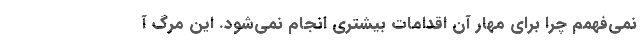
نمی‌فهمم چرا برای مهار آن اقدامات بیشتری انجام نمی‌شود. این مرگ آ